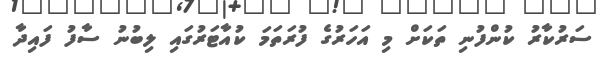
ސަރުކާރު ކުންފުނި ތަކަށް މި އަހަރުގެ ފުރަތަމަ ކުއާޓަރުގައި ލިބުނު ސާފު ފައިދާ